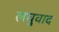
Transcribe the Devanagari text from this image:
लघुवाद